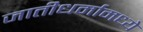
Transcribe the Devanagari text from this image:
जातीधर्मामध्ये